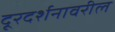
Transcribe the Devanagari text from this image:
दूरदर्शनावरील